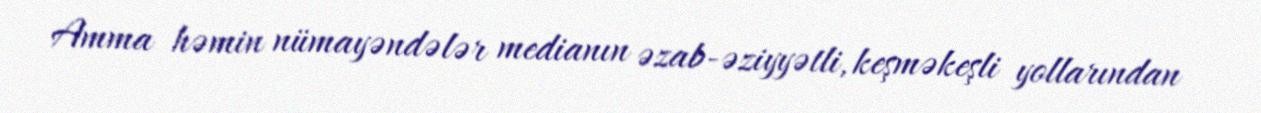
Amma həmin nümayəndələr medianın əzab-əziyyətli, keşməkeşli yollarından